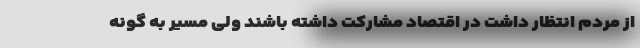
از مردم انتظار داشت در اقتصاد مشارکت داشته باشند ولی مسیر به گونه